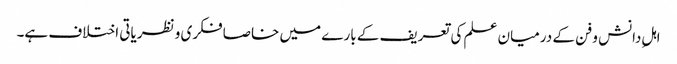
اہلِ دانش و فن کے درمیان علم کی تعریف کے بارے میں خاصا فکری و نظریاتی اختلاف ہے۔